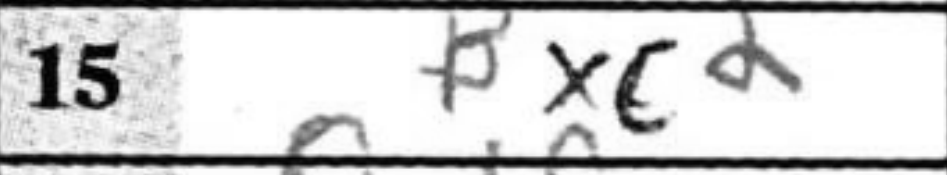
Transcription: Bxc2